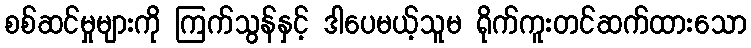
စစ်ဆင်မှုများကို ကြက်သွန်နှင့် ဒါပေမယ့်သူမ ရိုက်ကူးတင်ဆက်ထားသော